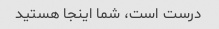
درست است، شما اینجا هستید